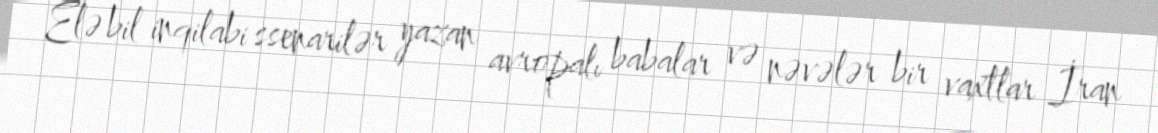
Elə bil inqilabi ssenarilər yazan avropalı babalar və nəvələr bir vaxtlar İran